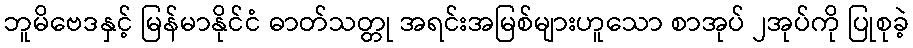
ဘူမိဗေဒနှင့် မြန်မာနိုင်ငံ ဓာတ်သတ္တု အရင်းအမြစ်များဟူသော စာအုပ် ၂အုပ်ကို ပြုစုခဲ့